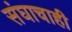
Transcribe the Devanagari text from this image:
संघाचाही